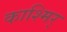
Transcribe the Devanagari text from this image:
काश्मिर्